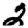
Digit: 2